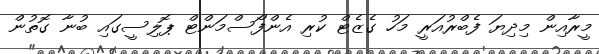
މީރާއިިން މިދިޔަ ފެބްރުއަރީ މަހު ގެޒެޓް ކުރި އެންފޯސްމަންޓް ޕޮލިސީގައި ބުނާ ގޮތުން